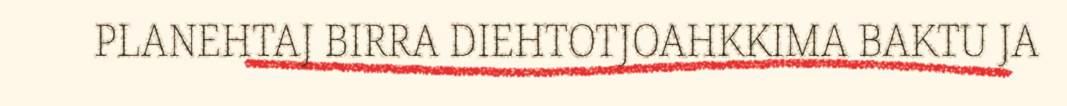
PLANEHTAJ BIRRA DIEHTOTJOAHKKIMA BAKTU JA